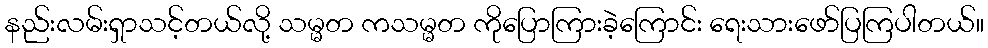
နည်းလမ်းရှာသင့်တယ်လို့ သမ္မတ ကသမ္မတ ကိုပြောကြားခဲ့ကြောင်း ရေးသားဖော်ပြကြပါတယ်။